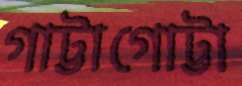
গাট্টাগোট্টা